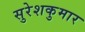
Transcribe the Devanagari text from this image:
सुरेशकुमार